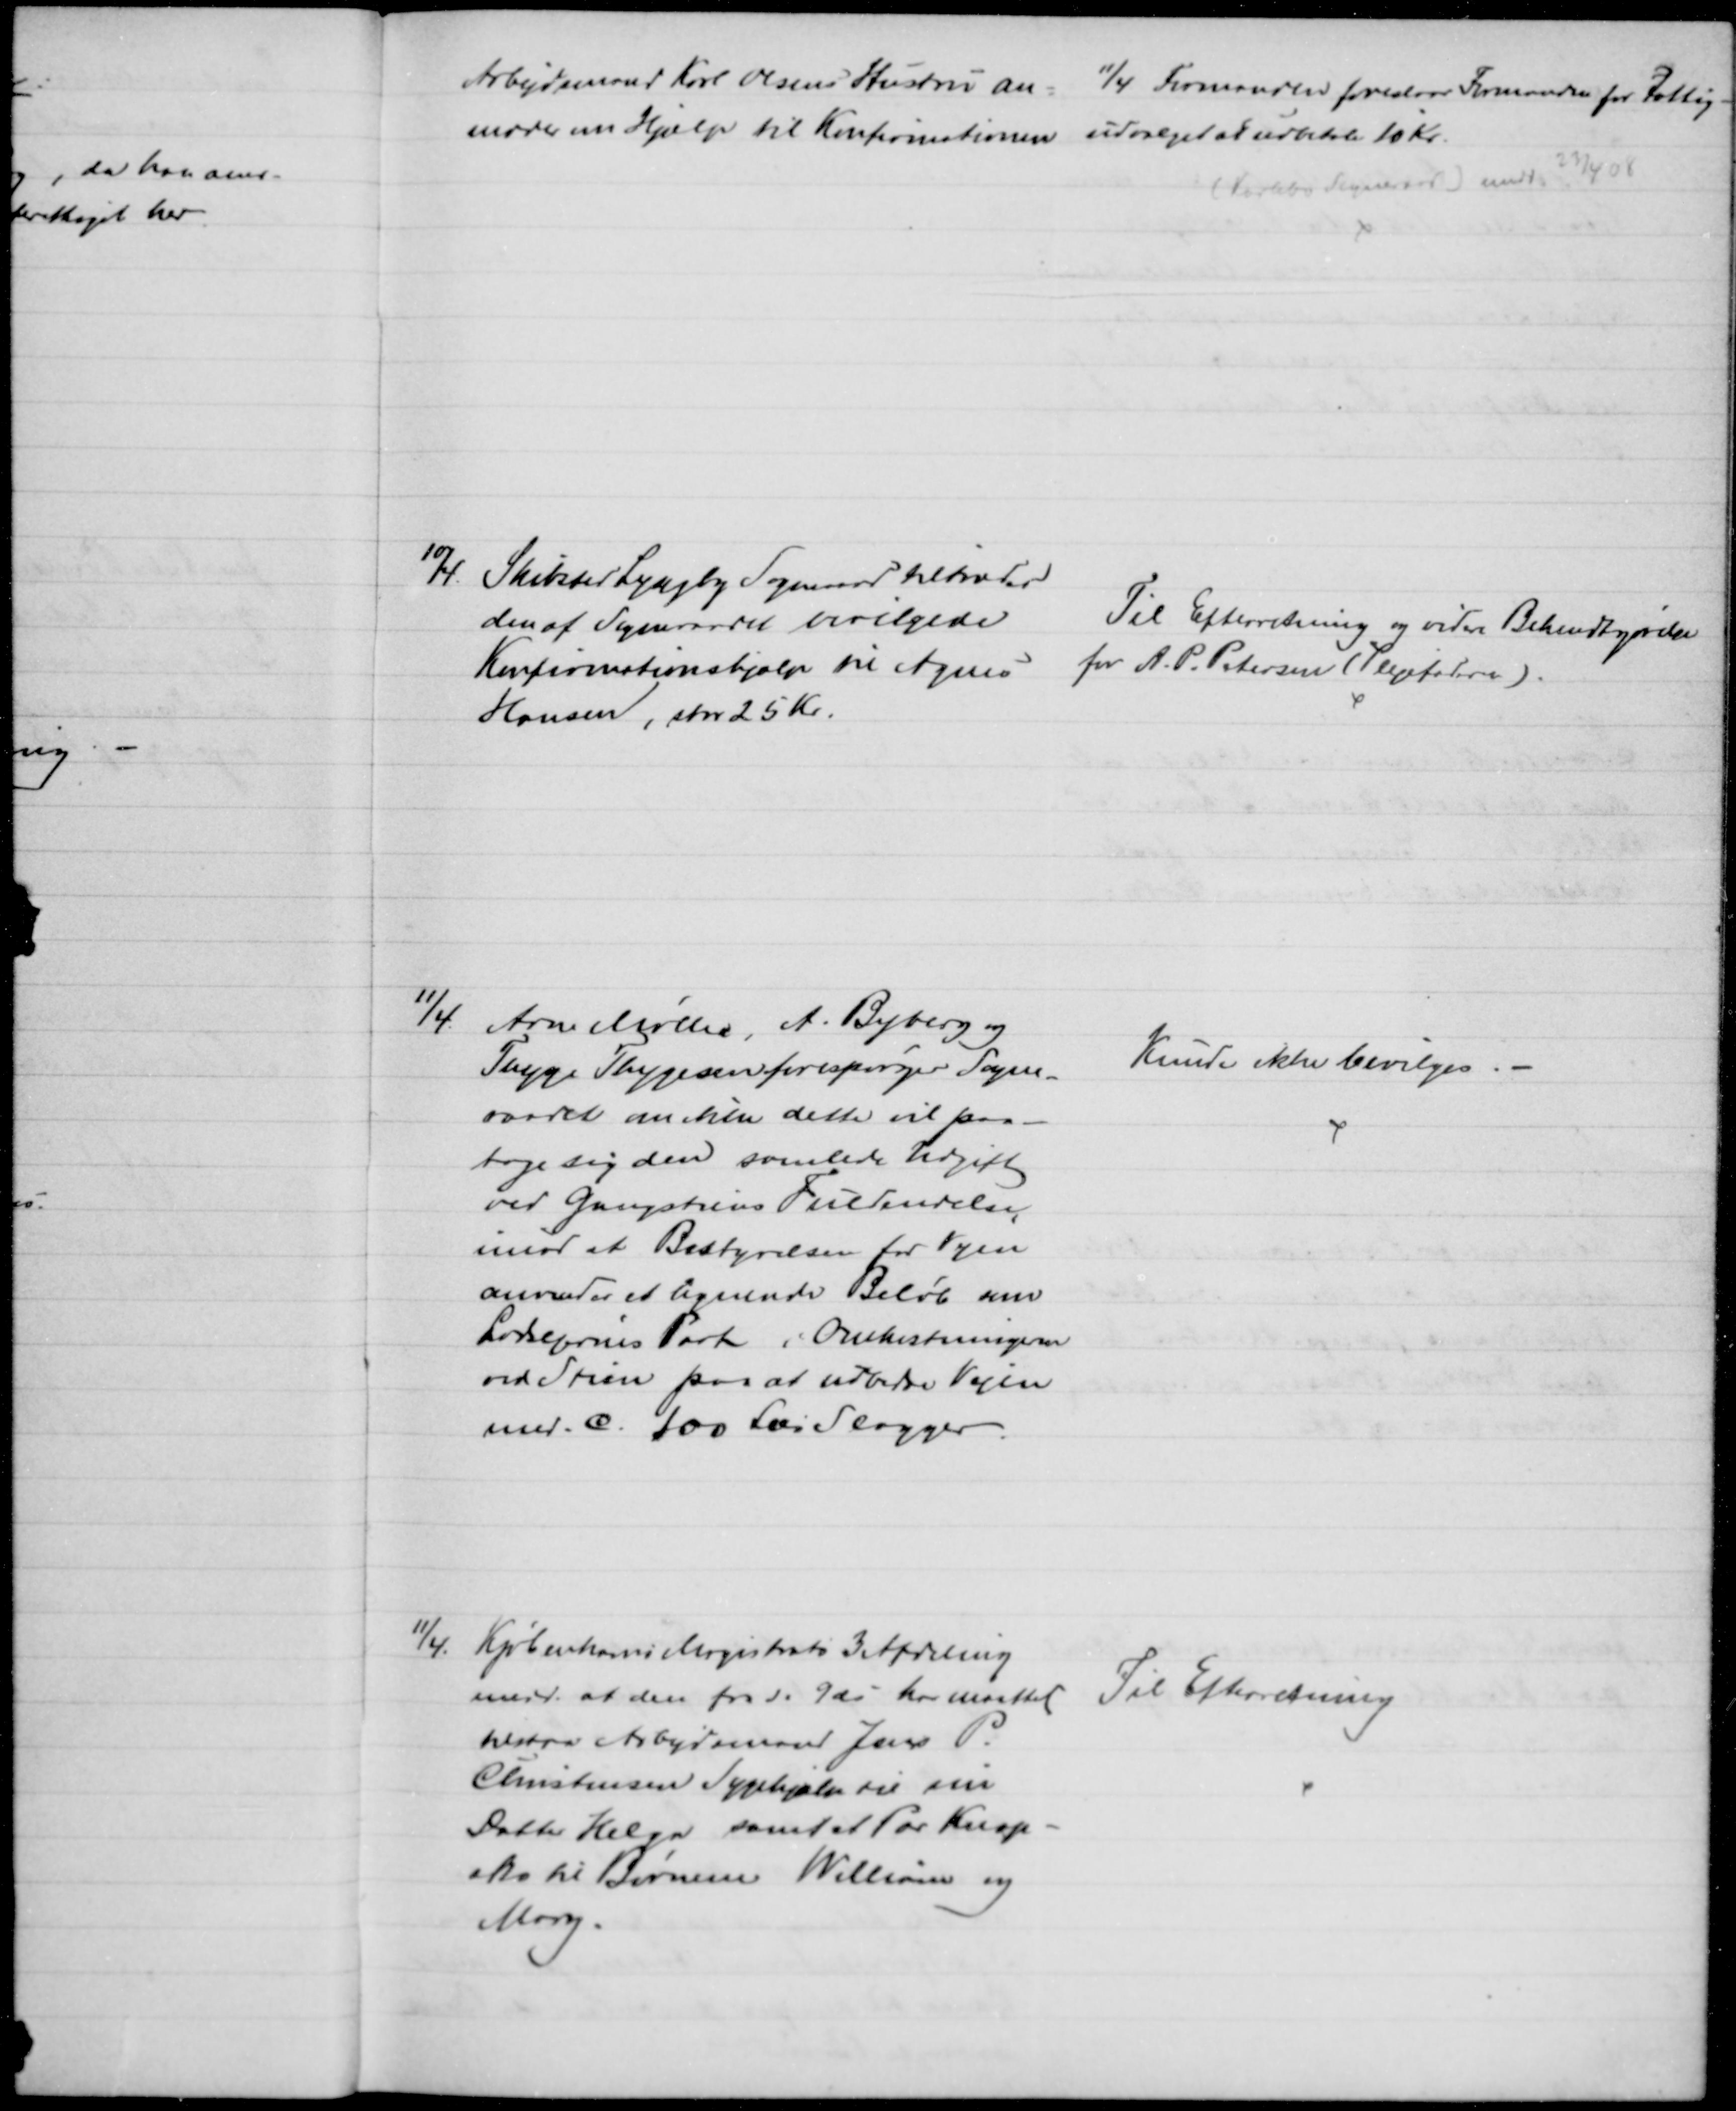
Transskription:
Arbejdsmand Karl Olsens Hustru an-
moder om Hjælp til Konfirmationen 
11/4 Formanden foreslaar Formanden for Fattig-
udvalget at udbetale 10 Kr.
(Karlebo Sogneraad) modt 23/4 08
10/4
Skibsted Lyngby Sogneraad tiltræder
den af Sogneraadet bevilgede
Konfirmationshjælp til Agnes
Hansen, stor 25 Kr.
Til Efterretning og videre Bekendtgørelse
for A. P. Petersen (Plejefaderen).
11/4
Arne Møller, A. Byberg og
Thyge Thygesen forespørger Sogne-
raadet om ikke dette vil paa-
tage sig den samlede Udgift
ved Gangstiens Fuldendelse
imod at Bestyrelsen for Vejen
anvender et lignende Beløb som
Lodsejernes Part i Omkostningerne
ved Stien paa at udbedre Vejen
med. c. 100 Læs Slagger.
Kunde ikke bevilges.
11/4.
Kjøbenhavns Magistrats 3 Afdeling
medd. at den fra d. 9 ds har maattet
tilstaa Arbejdsmand Jens P.
Christensen Sygehjælp til sin
Datter Helga samt et Par Knop-
sko til Børnene William og
Mary.
Til Efterretning